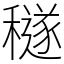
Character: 穟